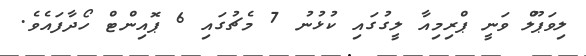
ލިވަޕޫލް ވަނީ ޕްރިމިއާ ލީގުގައި ކުޅުނު 7 މެޗުގައި 6 ޕޮއިންޓް ހޯދާފައެވެ.